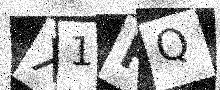
Text: X1HQ